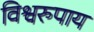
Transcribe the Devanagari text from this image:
विश्वरुपाय